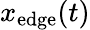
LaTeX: x_{\mathrm{edge}}(t)